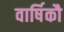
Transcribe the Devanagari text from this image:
वार्षिकौ